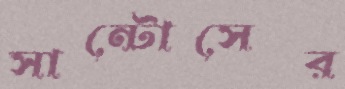
সান্টোসের